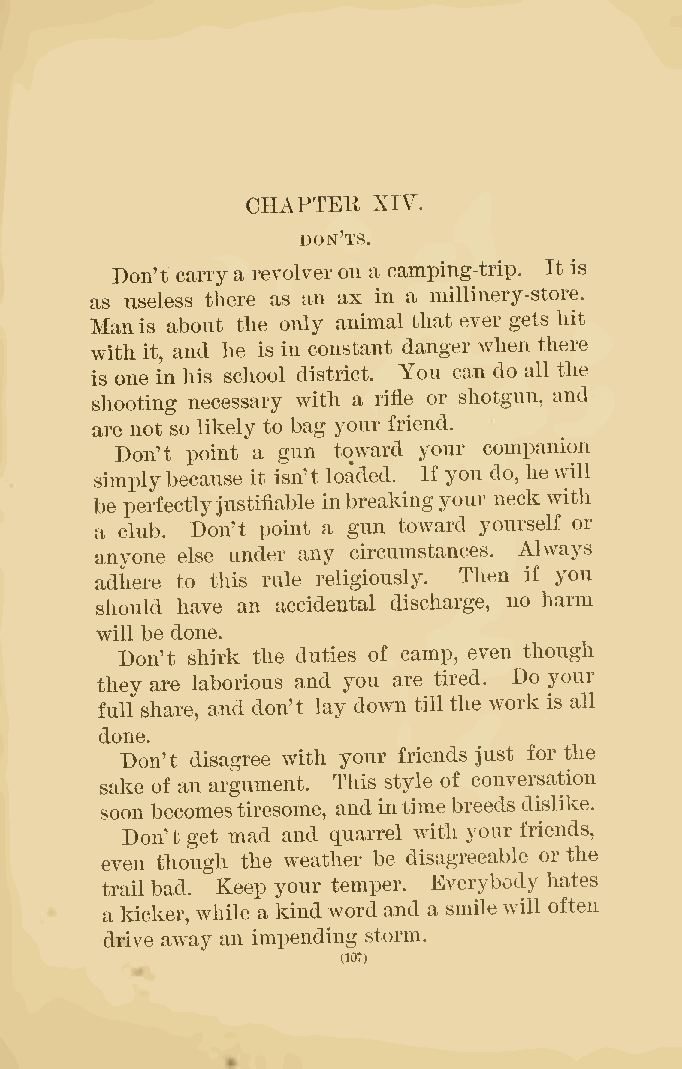
CHAPTER  XIY.
 don'ts.
 Don't carrya revolveron a camping-trip. It is
 as useless there as an ax in a millinery-store.
 Man is about the only animal that ever gets hit
 with it, and he is in constant danger when there
 is one in his school district. You can do all the
 shooting necessary with a rifle or shotgun, and
 are not so likely to bag your friend.
 Don't point a gun toward your companion
 simplybecause it isn't loaded. If you do, hewill
 be perfectlyjustifiable
 inbreakingyour neck with
 a club. Don't point a gun toward yourself or
 anyone else under any circumstances. Always
 adhere to this rule religiously. Then if you
 should have an accidental discharge, no harm
 will be done.
 Don't shirk the duties of camp, even though
 they are laborious and you are tired. Do your
 full share, and don't lay down tillthe work is all
 done.
 Don't disagree with your friends just for the
 sake of an argument. This style of conversation
 soon becomestiresome, andintimebreeds dislike.
 Don't get mad and quarrel with your friends,
 even though the weather be disagreeable or the
 trail bad. Keep your temper. Everybody hates
 a kicker, while a kindwordand a smilewill often
 drive away an impending storm.
 (10?)